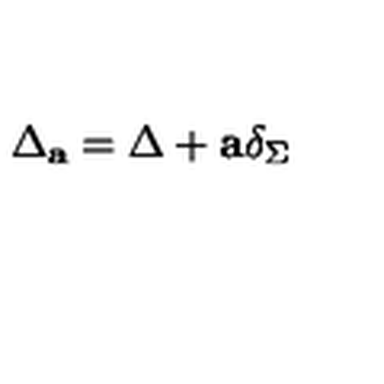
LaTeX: \Delta _ { \bf a } = \Delta + { \bf a } \delta _ { \Sigma }